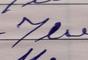
Signature authenticity: forged